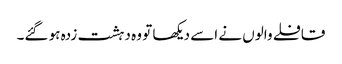
قافلے والوں نے اسے دیکھا تو وہ دہشت زدہ ہو گئے۔